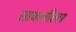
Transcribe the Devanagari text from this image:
सावलीला